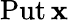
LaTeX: \operatorname{Put}\mathbf{x}